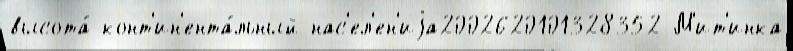
высота́ конт'ин'ента́льный нас'ел'ен'иjа2002620101328352 М'ит'инка